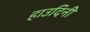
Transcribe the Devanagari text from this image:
हाउदिनी